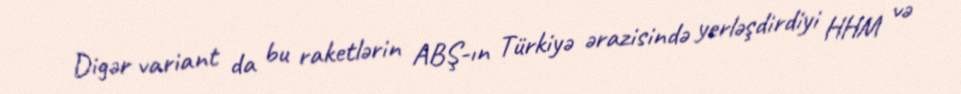
Digər variant da bu raketlərin ABŞ-ın Türkiyə ərazisində yerləşdirdiyi HHM və